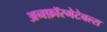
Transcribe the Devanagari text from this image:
अनफ़ॉरगेटेबल्स